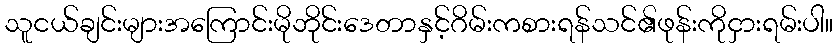
သူငယ်ချင်းများအကြောင်းမိုဘိုင်းဒေတာနှင့်ဂိမ်းကစားရန်သင်၏ဖုန်းကိုငှားရမ်းပါ။